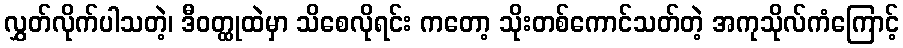
လွှတ်လိုက်ပါသတဲ့၊ ဒီဝတ္ထုထဲမှာ သိစေလိုရင်း ကတော့ သိုးတစ်ကောင်သတ်တဲ့ အကုသိုလ်ကံကြောင့်